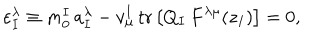
LaTeX: \varepsilon _ { I } ^ { \lambda } \equiv m _ { 0 } ^ { I } \, a _ { I } ^ { \lambda } - v _ { \mu } ^ { I } \, \mathrm { t r } \, \bigl [ Q _ { I } \, F ^ { \lambda \mu } ( z _ { I } ) \bigr ] = 0 ,